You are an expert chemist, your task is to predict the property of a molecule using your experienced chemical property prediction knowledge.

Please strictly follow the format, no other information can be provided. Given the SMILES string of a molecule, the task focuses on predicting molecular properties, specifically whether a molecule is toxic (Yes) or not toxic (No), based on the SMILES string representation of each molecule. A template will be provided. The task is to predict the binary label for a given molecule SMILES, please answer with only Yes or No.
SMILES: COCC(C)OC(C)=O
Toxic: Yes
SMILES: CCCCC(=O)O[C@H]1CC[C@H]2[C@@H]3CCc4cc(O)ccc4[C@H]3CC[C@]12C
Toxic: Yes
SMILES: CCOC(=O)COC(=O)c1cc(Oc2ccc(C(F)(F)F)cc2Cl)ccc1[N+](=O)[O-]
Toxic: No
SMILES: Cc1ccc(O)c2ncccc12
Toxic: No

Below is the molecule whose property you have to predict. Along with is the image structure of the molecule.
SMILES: C[C@H](N[C@H](CCc1ccccc1)C(=O)O)C(=O)N1CCC[C@H]1C(=O)O
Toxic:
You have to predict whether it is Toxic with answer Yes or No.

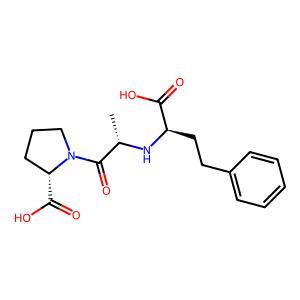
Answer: No